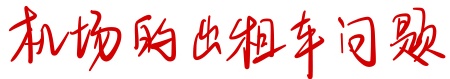
机场的出租车问题